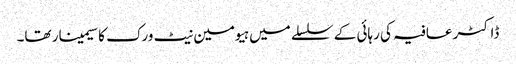
ڈاکٹر عافیہ کی رہائی کے سلسلے میں ہیومین نیٹ ورک کا سیمینار تھا۔